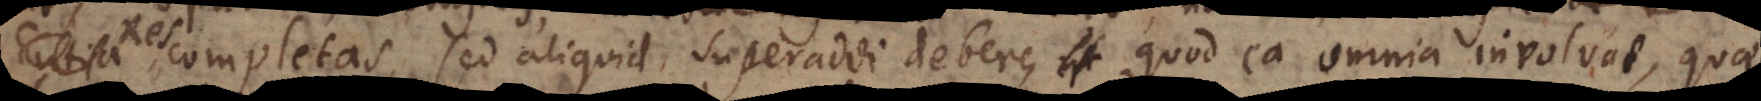
Res completas, sed aliquid superaddi debere, quod ea omnia involvat, quae